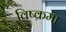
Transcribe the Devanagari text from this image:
विष्क्रमा